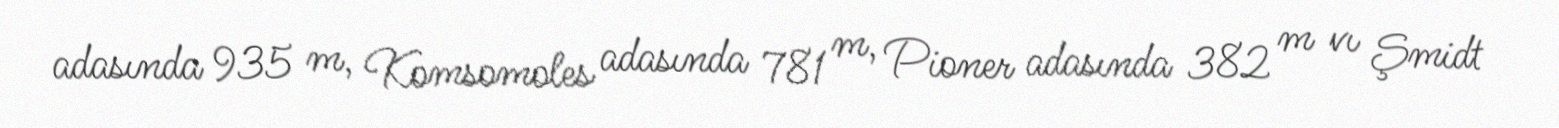
adasında 935 m, Komsomoles adasında 781 m, Pioner adasında 382 m vı Şmidt